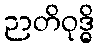
ဉာတိဝုဒ္ဓိ